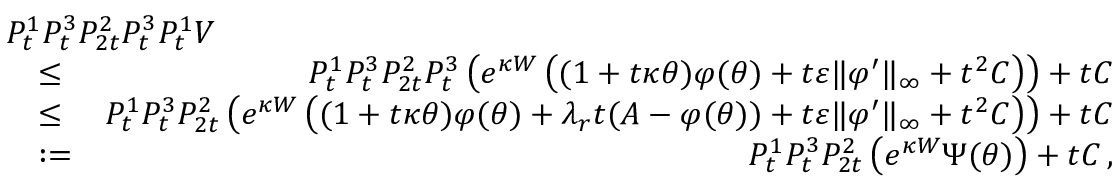
\begin{array} { r l r } { \lefteqn { P _ { t } ^ { 1 } P _ { t } ^ { 3 } P _ { 2 t } ^ { 2 } P _ { t } ^ { 3 } P _ { t } ^ { 1 } V } } \\ & { \leq } & { P _ { t } ^ { 1 } P _ { t } ^ { 3 } P _ { 2 t } ^ { 2 } P _ { t } ^ { 3 } \left( e ^ { \kappa W } \left( ( 1 + t \kappa \theta ) \varphi ( \theta ) + t \varepsilon \| \varphi ^ { \prime } \| _ { \infty } + t ^ { 2 } C \right) \right) + t C } \\ & { \leq } & { P _ { t } ^ { 1 } P _ { t } ^ { 3 } P _ { 2 t } ^ { 2 } \left( e ^ { \kappa W } \left( ( 1 + t \kappa \theta ) \varphi ( \theta ) + \lambda _ { r } t ( A - \varphi ( \theta ) ) + t \varepsilon \| \varphi ^ { \prime } \| _ { \infty } + t ^ { 2 } C \right) \right) + t C } \\ & { : = } & { P _ { t } ^ { 1 } P _ { t } ^ { 3 } P _ { 2 t } ^ { 2 } \left( e ^ { \kappa W } \Psi ( \theta ) \right) + t C \, , } \end{array}